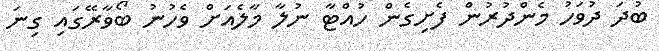
ބުދަ ދުވަހު މެންދުރުން ފެށިގެން ހުއްޓާ ނުލާ މާލެއަށް ވެހުނު ބޯވާރޭގައި ގިނަ